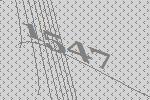
1547